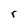
Character: r